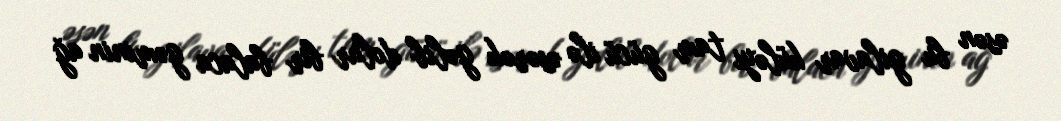
əsən bu gilavar küləyi tam gücü ilə əsərək gəlib dolur bir balaca gəminin ağ